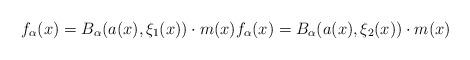
LaTeX: \begin{align*} f_{\alpha}(x)=B_{\alpha}(a(x), \xi_{1}(x))\cdot m(x) f_{\alpha}(x)=B_{\alpha}(a(x), \xi_{2}(x))\cdot m(x)\end{align*}